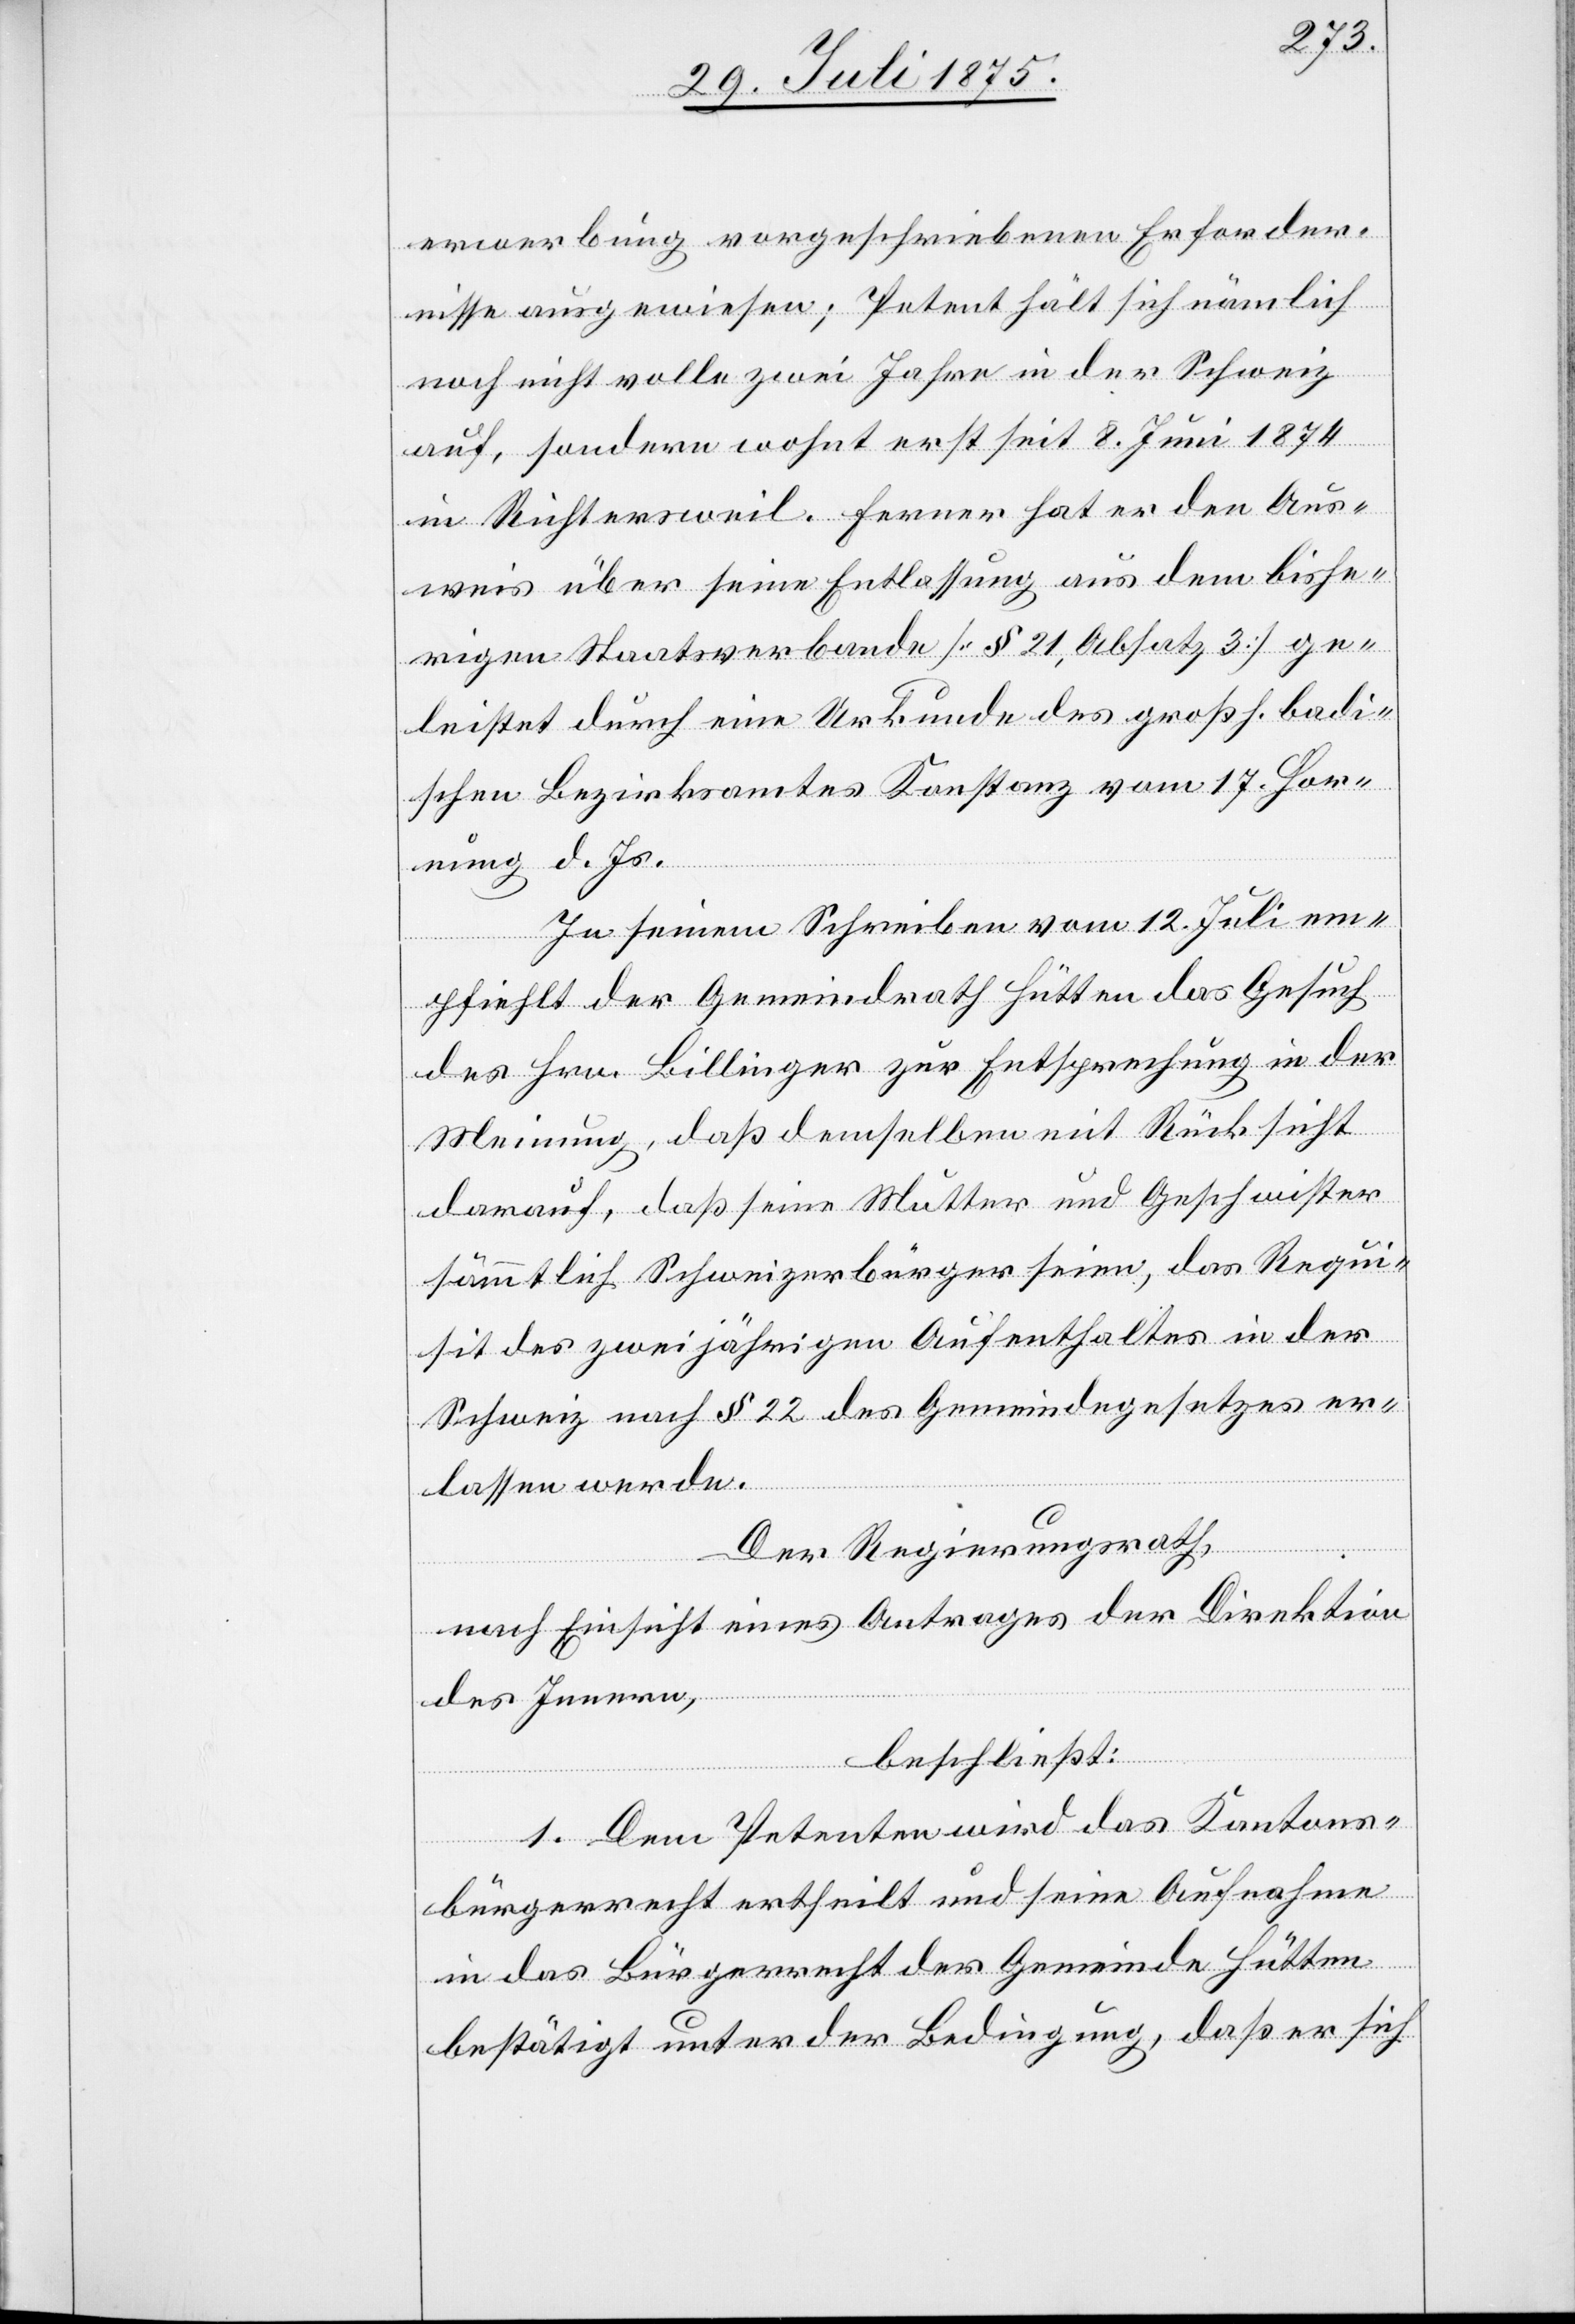
erwerbung vorgeschriebenen Erforder¬
nisse ausgewiesen; Petent hält sich nämlich
noch nicht volle zwei Jahre in der Schweiz
auf, sondern wohnt erst seit 8. Juni 1874
in Richtersweil. Ferner hat er den Aus¬
weis über seine Entlassung aus dem bishe¬
rigen Staatsverbande [§ 21, Absatz 3] ge¬
leistet durch eine Urkunde des großh. badi¬
schen Bezirksamtes Konstanz vom 17. Hor¬
nung d. Js.
In seinem Schreiben vom 12. Juli em¬
pfiehlt der Gemeindrath Hütten das Gesuch
des Hrn. Billinger zur Entsprechung in der
Meinung, daß demselben mit Rücksicht
darauf, daß seine Mutter und Geschwister
sämmtlich Schweizerbürger seien, das Requi¬
sit des zweijährigen Aufenthaltes in der
Schweiz nach § 22 des Gemeindegesetzes er¬
lassen werde.
Der Regierungsrath
nach Einsicht eines Antrages der Direktion
des Innern,
beschließt:
1. Dem Petenten wird das Kantons¬
bürgerrecht ertheilt und seine Aufnahme
in das Bürgerrecht der Gemeinde Hütten
bestätigt unter der Bedingung, daß er sich